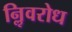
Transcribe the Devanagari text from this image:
निॢवरोध